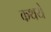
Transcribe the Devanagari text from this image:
कथये